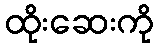
ထိုးဆေးကို